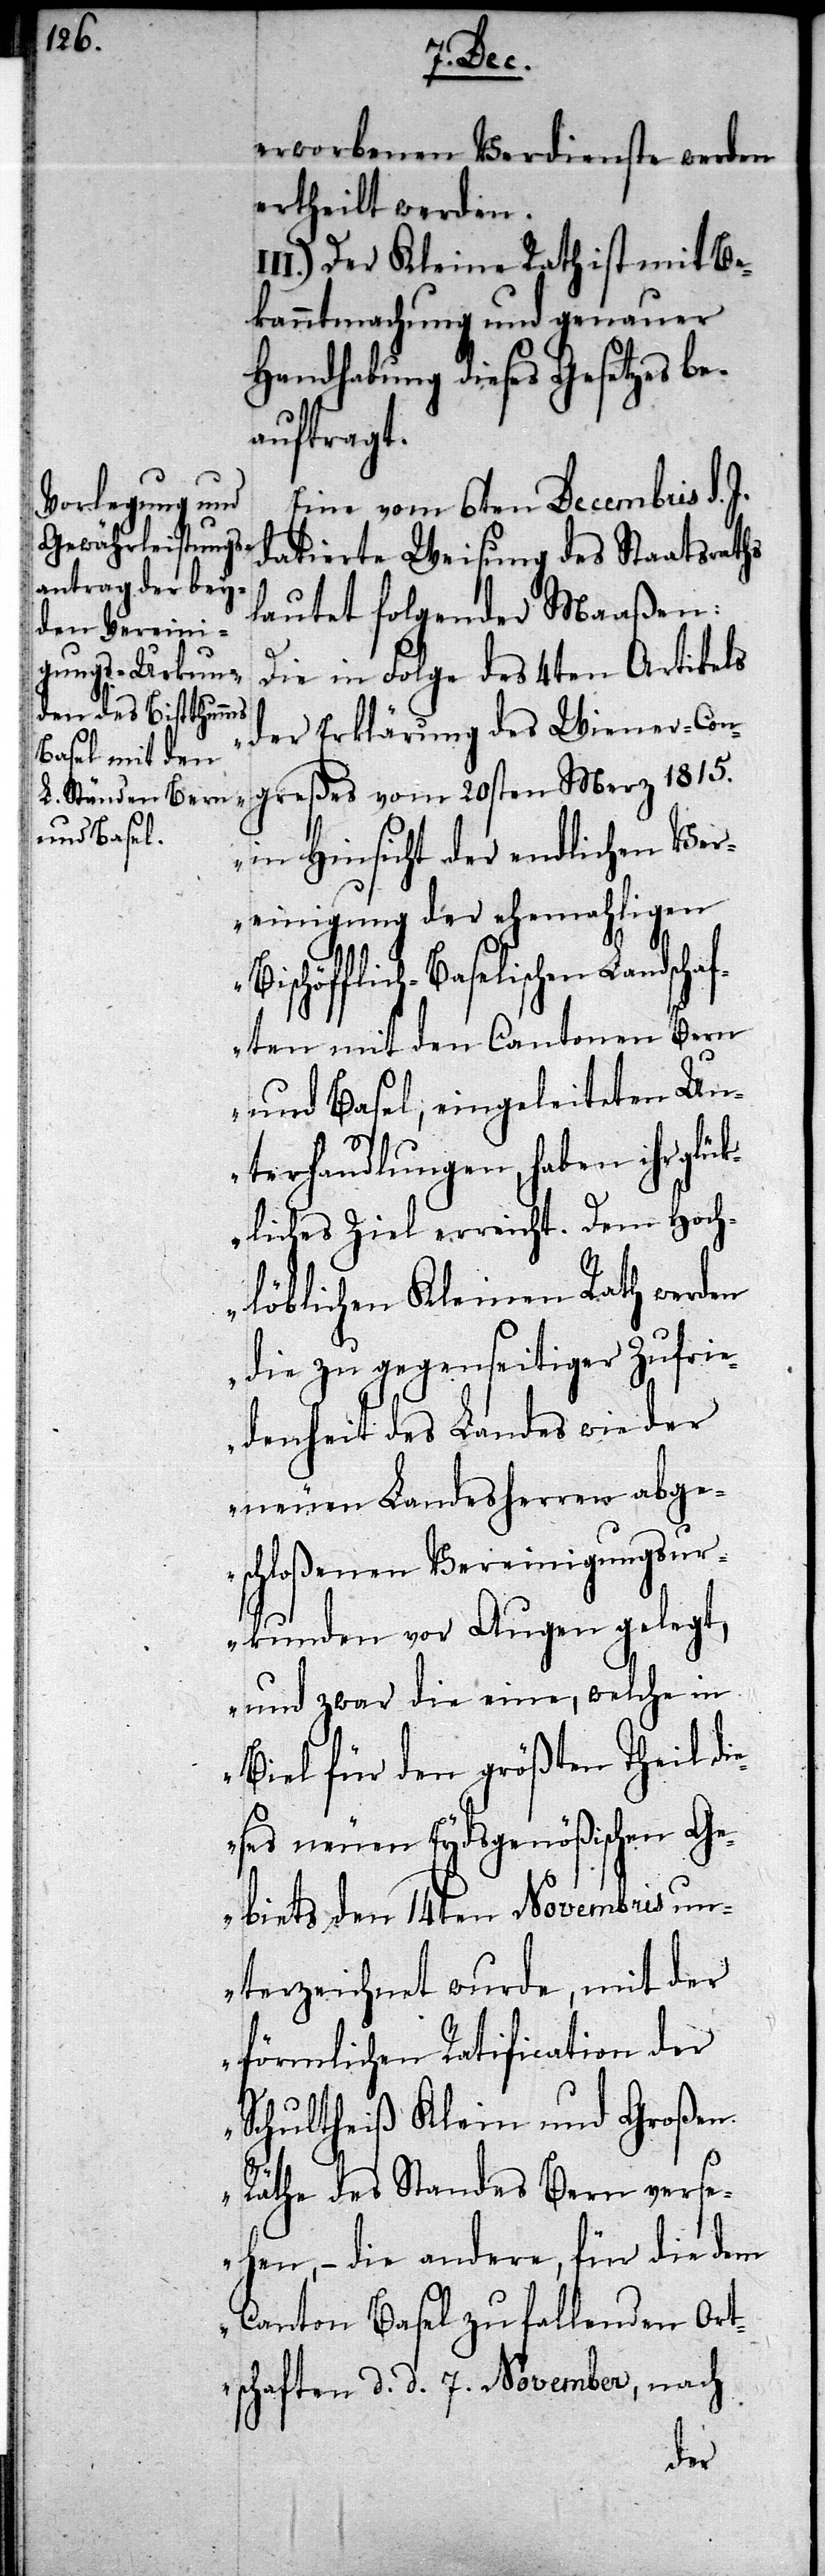
II¬
erworbenen Verdienste werden
ertheilt werden.
I.) Der Kleine Rath ist mit Be¬
kanntmachung und genauer
Handhabung dieses Gesetzes be¬
auftragt.
Eine vom 6ten Decembris d.
datierte Weisung des Staatsraths
lautet folgender Maaßen:
„Die in Folge des 4ten Artikels
der Erklärung des Wiener-Con¬
greßes vom 20sten Merz 1815.
in Hinsicht der endlichen Ver¬
einigung der ehemahligen
Bischöfflich-Baselischen Landscha¬
ften mit den Cantonen Bern
und Basel, eingeleiteten Un¬
terhandlungen, haben ihr glük¬
liches Ziel erreicht. Dem Hoch¬
löblichen Kleinen Rath werden
die zu gegenseitiger Zufrie¬
denheit des Landes wie der
neuen Landesherren abge¬
schloßenen Vereinigungsur¬
kunden vor Augen gelegt,
und zwar die eine, welche in
Biel für den größten Theil di¬
eses neuen Eydsgenößischen Ge¬
biets den 14ten Novembris un¬
terzeichnet wurde, mit der
förmlichen Ratification der
Schultheiß Klein und Großen
Räthe des Standes Bern verse¬
hen, – die andere, für die dem
Canton Basel zufallenden Ort¬
schaften d. d. 7. November, nach